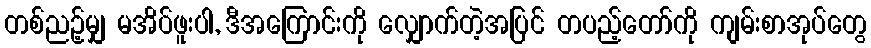
တစ်ညဉ့်မျှ မအိပ်ဖူးပါ, ဒီအကြောင်းကို လျှောက်တဲ့အပြင် တပည့်တော်ကို ကျမ်းစာအုပ်တွေ